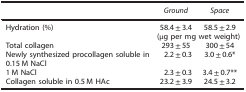
<table><thead><tr><td></td><td><b><i>Ground</i></b></td><td><b><i>Space</i></b></td></tr></thead><tbody><tr><td>Hydration (%)</td><td>58.4±3.4</td><td>58.5±2.9</td></tr><tr><td></td><td colspan="2">(μg per mg wet weight)</td></tr><tr><td>Total collagen</td><td>293±55</td><td>300±54</td></tr><tr><td>Newly synthesized procollagen soluble in 0.15 M NaCl</td><td>2.2±0.3</td><td>3.0±0.6*</td></tr><tr><td>1 M NaCl</td><td>2.3±0.3</td><td>3.4±0.7**</td></tr><tr><td>Collagen soluble in 0.5 M HAc</td><td>23.2±3.9</td><td>24.5±3.2</td></tr></tbody></table>